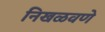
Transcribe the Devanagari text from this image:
निखळवणे